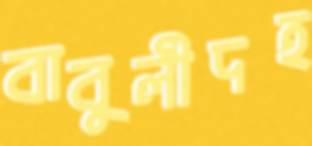
বাবুলীদহ